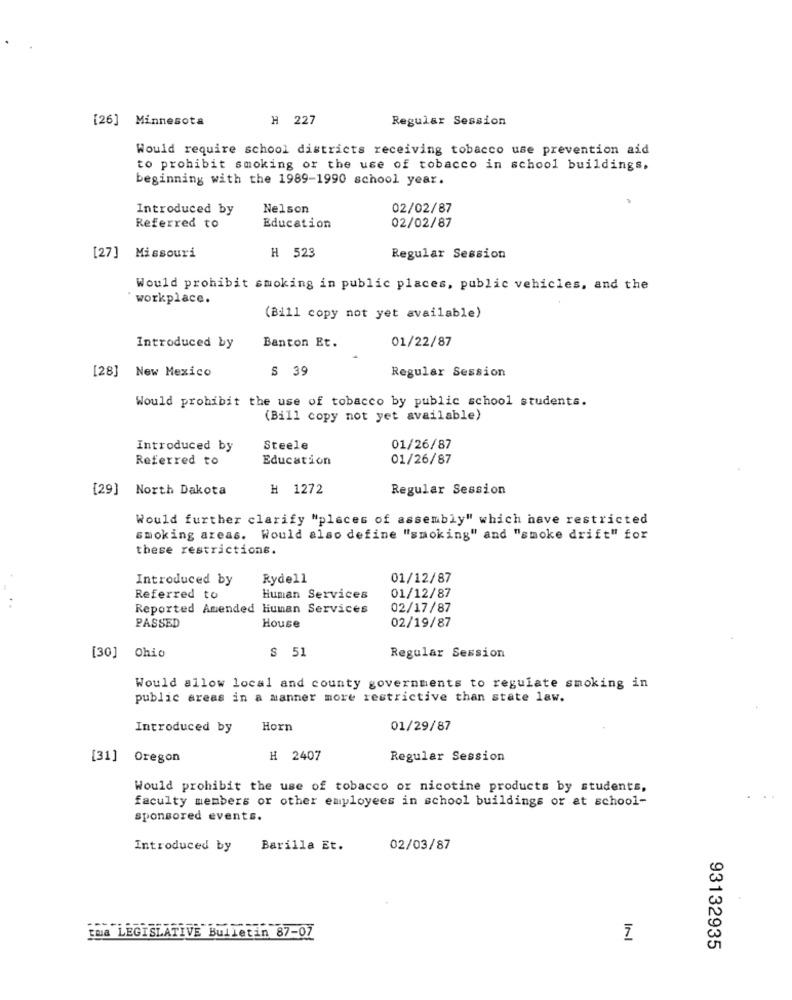
[26] Minnesota
H 227
Regular Session
Would require school districts receiving tobacco use prevention aid
to prohibit smoking or the use of tobacco in school buildings.
beginning with the 1989-1990 school year.
Introduced by
Nelson
02/02/87
Referred to
Education
02/02/87
[27] Missouri
H 523
Regular Session
Would prohibit smoking in public places, public vehicles, and the
` workplace.
(Bill copy not yet available)
01/22/87
Introduced by
Banton Et.
$ 39
Regular Session
[28] New Mexico
Would prohibit the use of tobacco by public school students.
(Bill copy not yet available)
Introduced by
Steele
01/26/87
Referred to
Education
01/26/87
[29] North Dakota
H 1272
Regular Session
Would further clarify "places of assembly" which have restricted
smoking areas. Would also define "smoking" and "smoke drift" for
these restrictions.
Introduced by
Rydell
01/12/87
Referred to
Human Services
01/12/87
Reported Amended Human Services
02/17/87
02/19/87
PASSED
House
[30] Ohio
$ 51
Regular Session
Would allow local and county governments to regulate smoking in
public areas in a manner more restrictive than state law.
Introduced by
Horn
01/29/87
[31]
Oregon
H 2407
Regular Session
Would prohibit the use of tobacco or nicotine products by students,
faculty members or other employees in school buildings or at school-
sponsored events.
Introduced by
Barilla Et.
02/03/87
tua LEGISLATIVE Bulletin 87-07
93132935